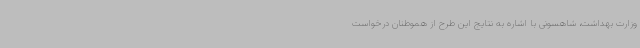
وزارت بهداشت، شاهسونی با اشاره به نتایج این طرح از هموطنان درخواست